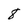
Character: 8